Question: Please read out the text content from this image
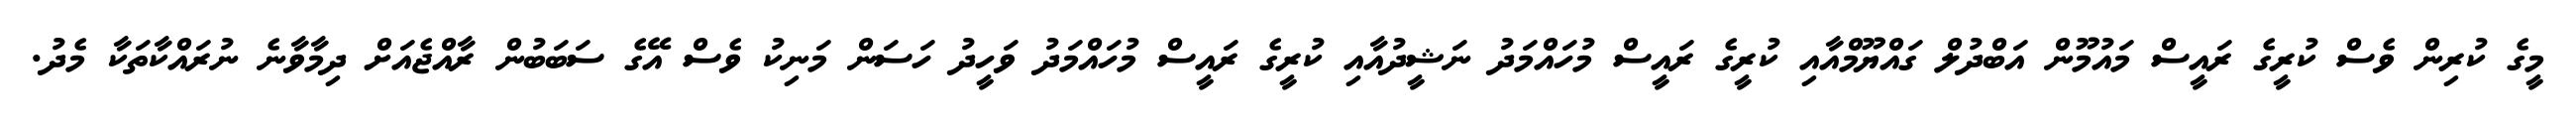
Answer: މީގެ ކުރިން ވެސް ކުރީގެ ރައީސް މައުމޫން އަބްދުލް ގައްޔޫމްއާއި ކުރީގެ ރައީސް މުހައްމަދު ނަޝީދުއާއި ކުރީގެ ރައީސް މުހައްމަދު ވަހީދު ހަސަން މަނިކު ވެސް އޭގެ ސަބަބުން ރާއްޖެއަށް ދިމާވާނެ ނުރައްކާތަކާ މެދު.